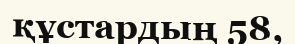
құстардың 58,